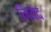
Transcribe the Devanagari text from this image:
निवेद